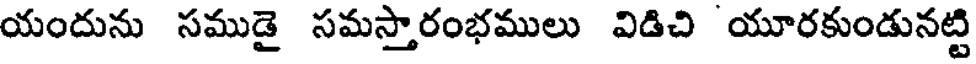
యందును సముడై సమస్తారంభములు విడిచి యూరకుండునట్టి